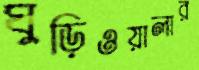
ঘুড়িওয়ালার